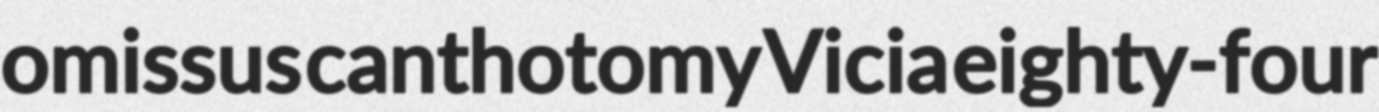
omissus canthotomy Vicia eighty-four